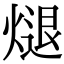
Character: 煺